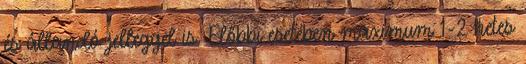
és állandó jelleggel is. Előbbi esetében maximum 1-2 hetes